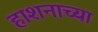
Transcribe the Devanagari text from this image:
हाशनाच्या